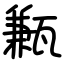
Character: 甉